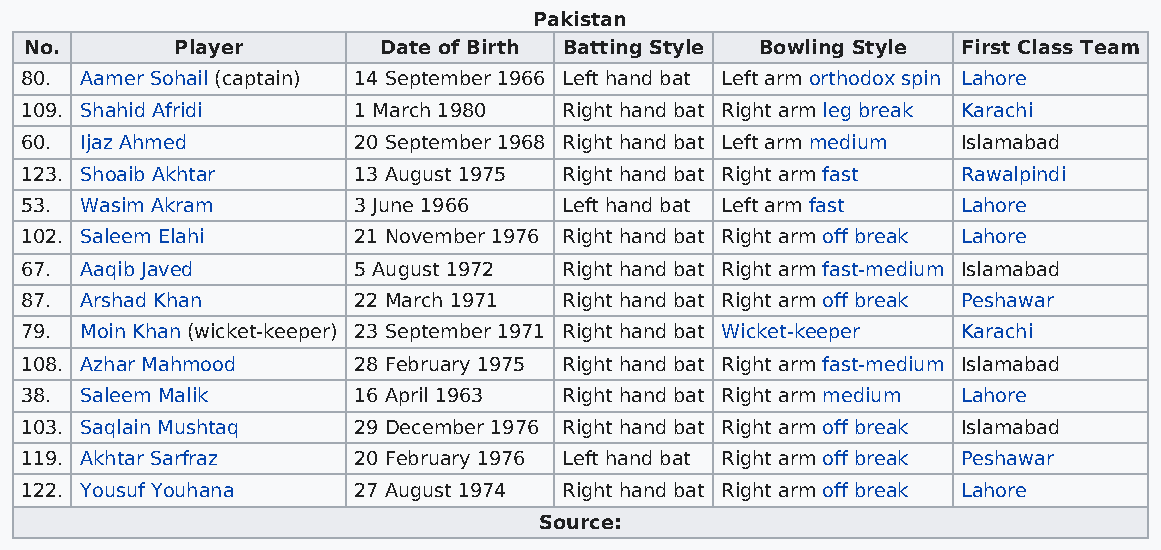
Pakistan
 No.       Player       Date of Birth Batting Style Bowling Style First Class Team
 80. Aamer Sohail (captain) 14 September 1966 Left hand bat Left arm orthodox spin Lahore
 109. Shahid Afridi    1 March 1980  Right hand bat Right arm leg break Karachi
 60. Ijaz Ahmed        20 September 1968 Right hand bat Left arm medium Islamabad
 123. Shoaib Akhtar    13 August 1975 Right hand bat Right arm fast Rawalpindi
 53. Wasim Akram       3 June 1966   Left hand bat Left arm fast Lahore
 102. Saleem Elahi     21 November 1976 Right hand bat Right arm off break Lahore
 67. Aaqib Javed       5 August 1972 Right hand bat Right arm fast-medium Islamabad
 87. Arshad Khan       22 March 1971 Right hand bat Right arm off break Peshawar
 79. Moin Khan (wicket-keeper) 23 September 1971 Right hand bat Wicket-keeper Karachi
 108. Azhar Mahmood    28 February 1975 Right hand bat Right arm fast-medium Islamabad
 38. Saleem Malik      16 April 1963 Right hand bat Right arm medium Lahore
 103. Saqlain Mushtaq  29 December 1976 Right hand bat Right arm off break Islamabad
 119. Akhtar Sarfraz   20 February 1976 Left hand bat Right arm off break Peshawar
 122. Yousuf Youhana   27 August 1974 Right hand bat Right arm off break Lahore
 Source: